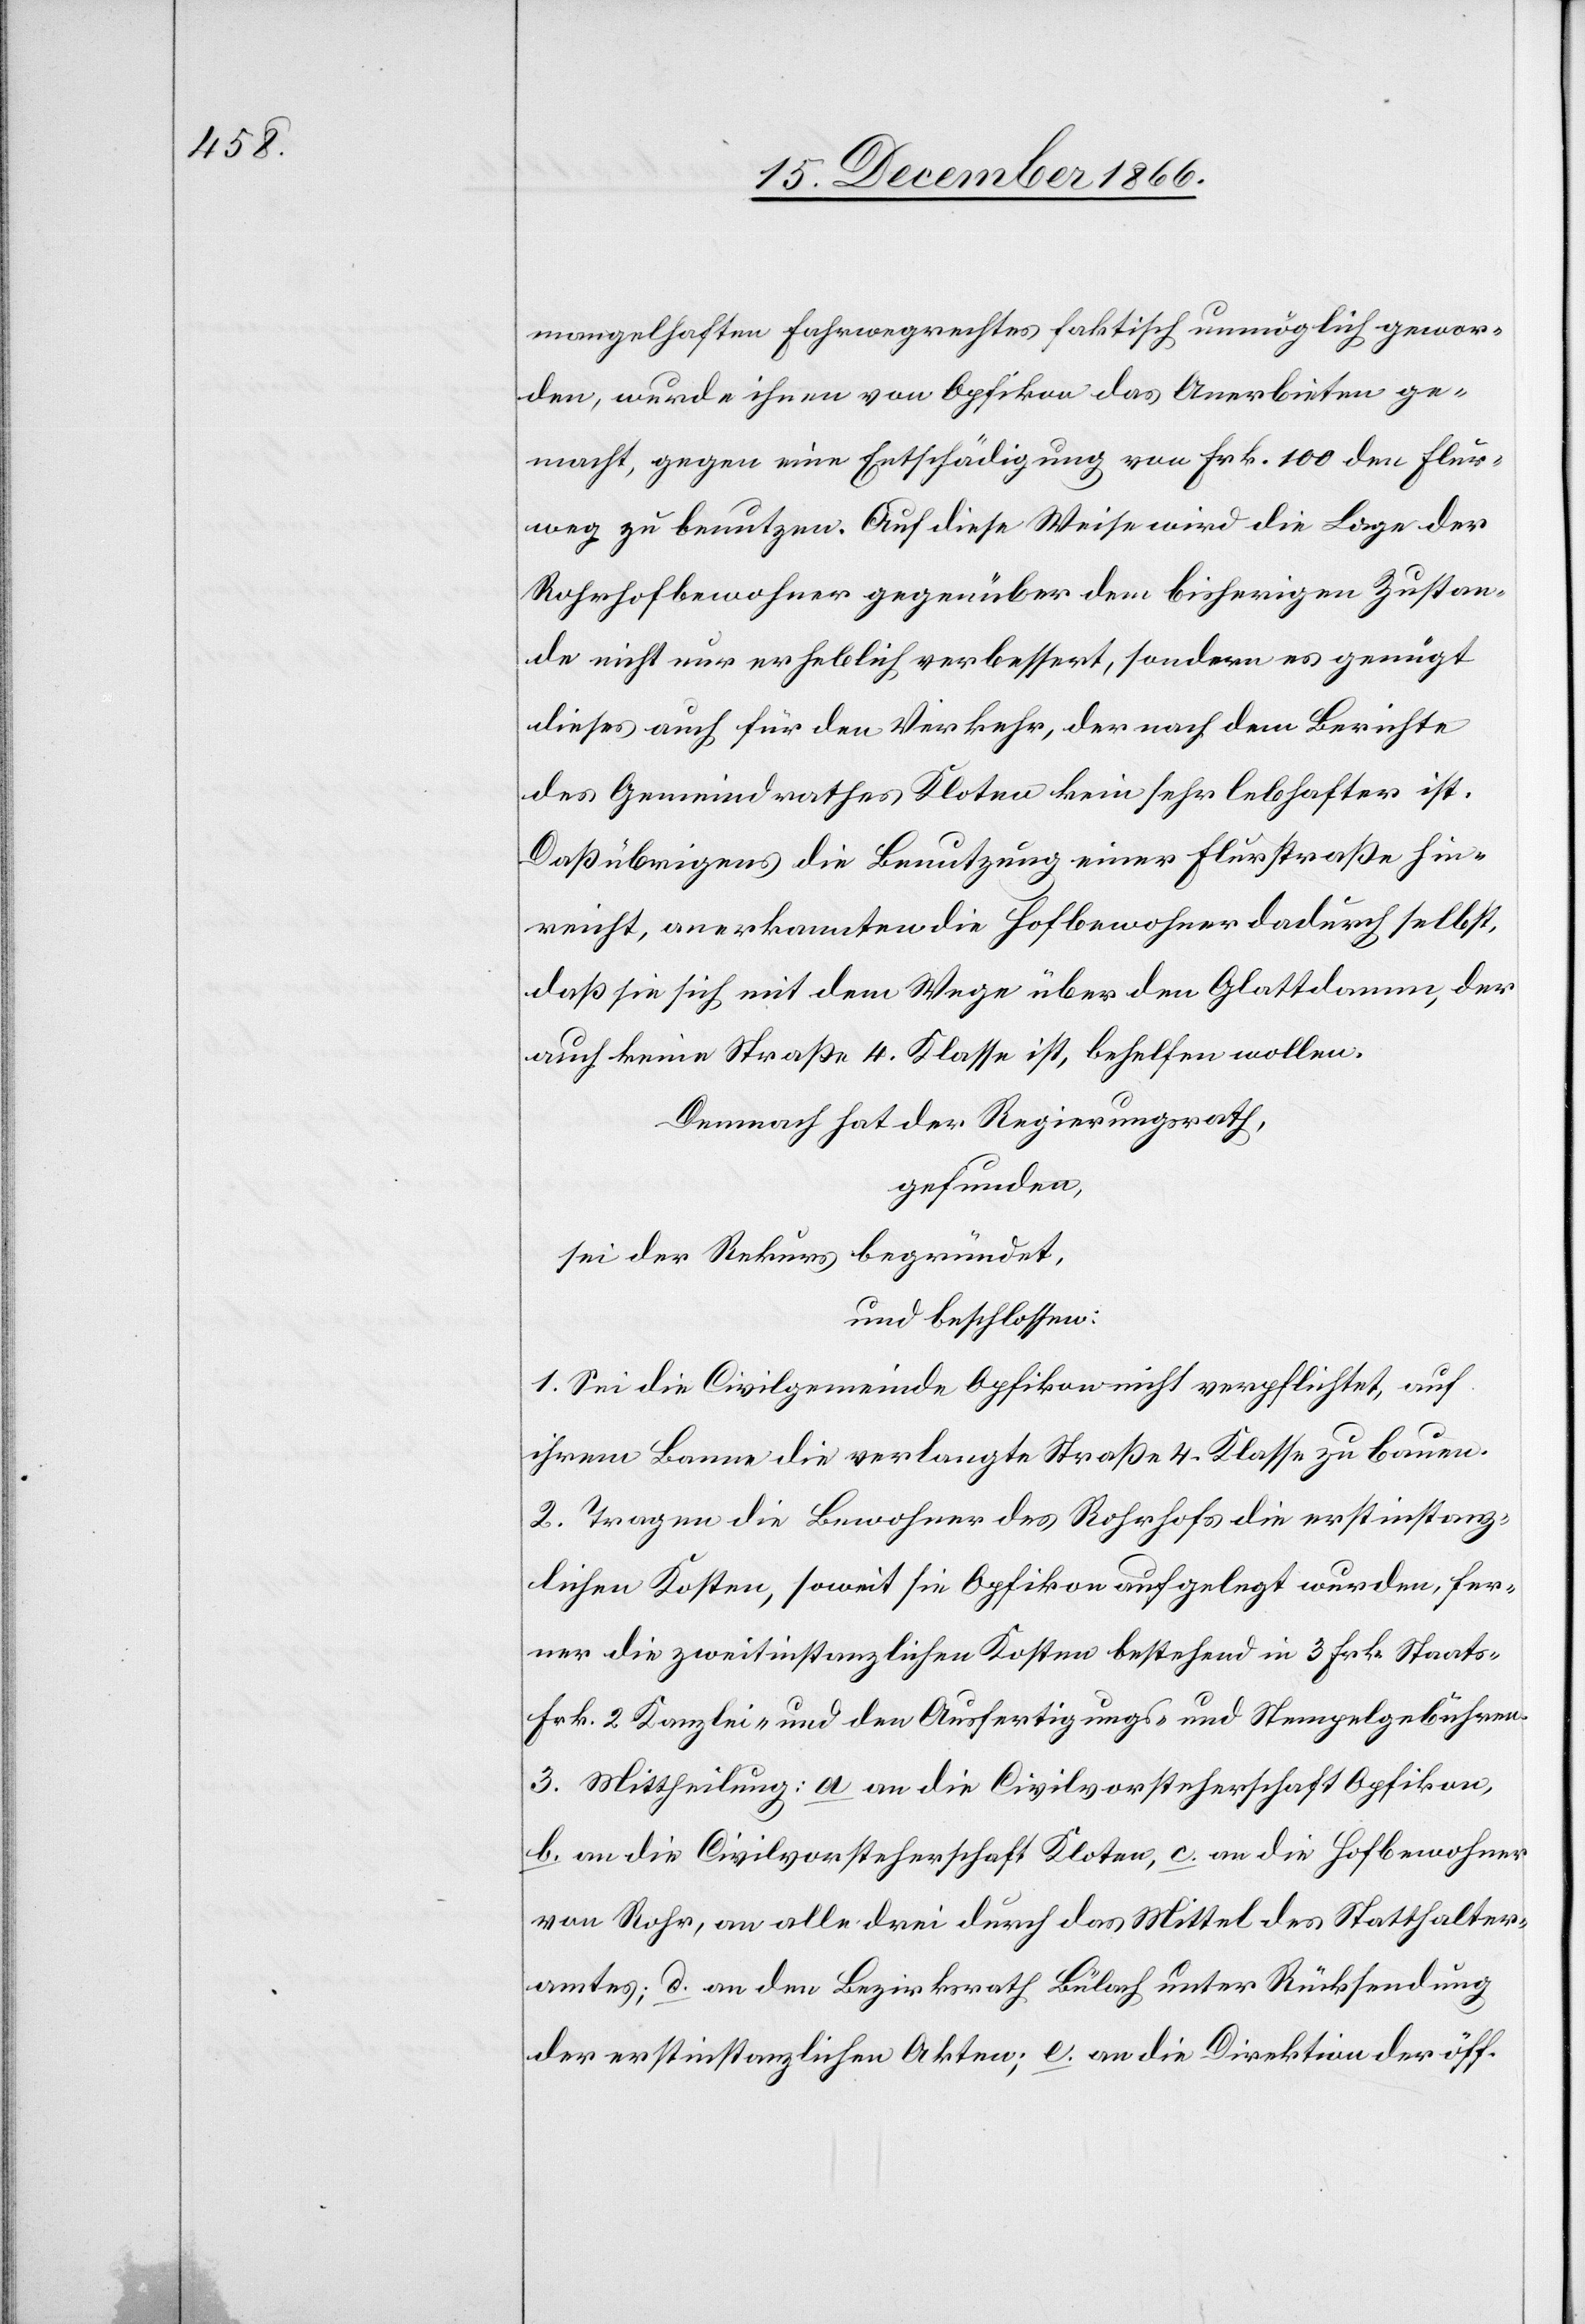
mangelhaften Fahrwegrechtes faktisch unmöglich gewor¬
den, wurde ihnen von Opfikon das Anerbieten ge¬
macht, gegen eine Entschädigung von Frk. 100 den Flur¬
weg zu benutzen. Auf diese Weise wird die Lage der
Rohrhofbewohner gegenüber dem bisherigen Zustan¬
de nicht nur erheblich verbessert, sondern es genügt
dieses auch für den Verkehr, der nach dem Berichte
des Gemeindrathes Kloten kein sehr lebhafter ist.
Daß übrigens die Benutzung einer Flurstraße hin¬
reicht, anerkannten die Hofbewohner dadurch selbst,
daß sie sich mit dem Wege über den Glattdamm, der
auch keine Straße 4. Klasse ist, behelfen wollen.
Demnach hat der Regierungsrath,
gefunden,
sei der Rekurs begründet,
und beschlossen:
1. Sei die Civilgemeinde Opfikon nicht verpflichtet, auf
ihrem Banne die verlangte Straße 4. Klasse zu bauen.
2. Tragen die Bewohner des Rohrhofs die erstinstanz¬
lichen Kosten, soweit sie Opfikon aufgelegt wurden, fer¬
ner die zweitinstanzlichen Kosten bestehend in 3 Frk. Staats-[,]
Frk. 2 Kanzlei- und den Ausfertigungs- und Stempelgebühren.
3. Mittheilung: a an die Civilvorsteherschaft Opfikon,
b. an die Civilvorsteherschaft Kloten, c. an die Hofbewohner
von Rohr, an alle drei durch das Mittel des Statthalter¬
amtes; d. an den Bezirksrath Bülach unter Rücksendung
der erstinstanzlichen Akten, e. an die Direktion der öff.